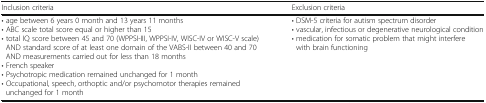
<table><thead><tr><td><b>Inclusion criteria</b></td><td><b>Exclusion criteria</b></td></tr></thead><tbody><tr><td>• age between 6 years 0 month and 13 years 11 months• ABC scale total score equal or higher than 15• total IQ score between 45 and 70 (WPPSI-III, WPPSI-IV, WISC-IV or WISC-V scale) AND standard score of at least one domain of the VABS-II between 40 and 70 AND measurements carried out for less than 18 months• French speaker• Psychotropic medication remained unchanged for 1 month• Occupational, speech, orthoptic and/or psychomotor therapies remained unchanged for 1 month</td><td>• DSM-5 criteria for autism spectrum disorder• vascular, infectious or degenerative neurological condition• medication for somatic problem that might interfere with brain functioning</td></tr></tbody></table>